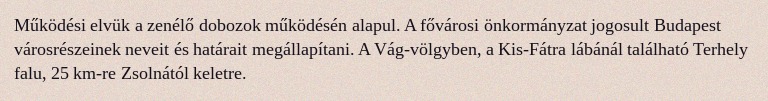
Működési elvük a zenélő dobozok működésén alapul. A fővárosi önkormányzat jogosult Budapest városrészeinek neveit és határait megállapítani. A Vág-völgyben, a Kis-Fátra lábánál található Terhely falu, 25 km-re Zsolnától keletre.